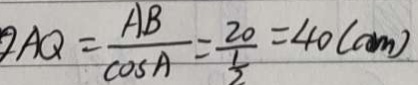
A Q = \frac { A B } { \cos A } = \frac { 2 0 } { \frac { 1 } { 3 } } = 4 0 ( c m )